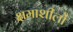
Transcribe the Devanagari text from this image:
क्षमाशीलों